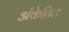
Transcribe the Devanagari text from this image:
अंकेतिल